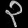
Digit: ၃